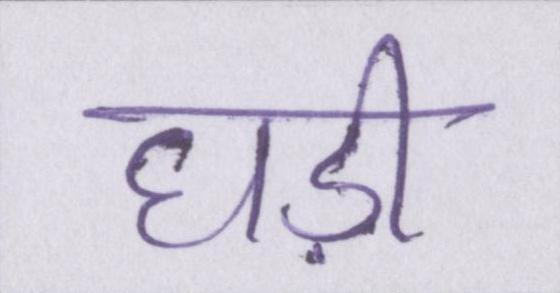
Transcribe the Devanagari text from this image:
घड़ी